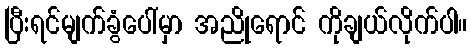
ပြီးရင်မျက်ခွံပေါ်မှာ အညိုရောင် ကိုချယ်လိုက်ပါ။